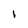
Character: I